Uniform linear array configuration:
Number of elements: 12
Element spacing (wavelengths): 1
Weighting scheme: cosine
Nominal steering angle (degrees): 15
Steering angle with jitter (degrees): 13.282
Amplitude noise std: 0.05
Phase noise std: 0.05

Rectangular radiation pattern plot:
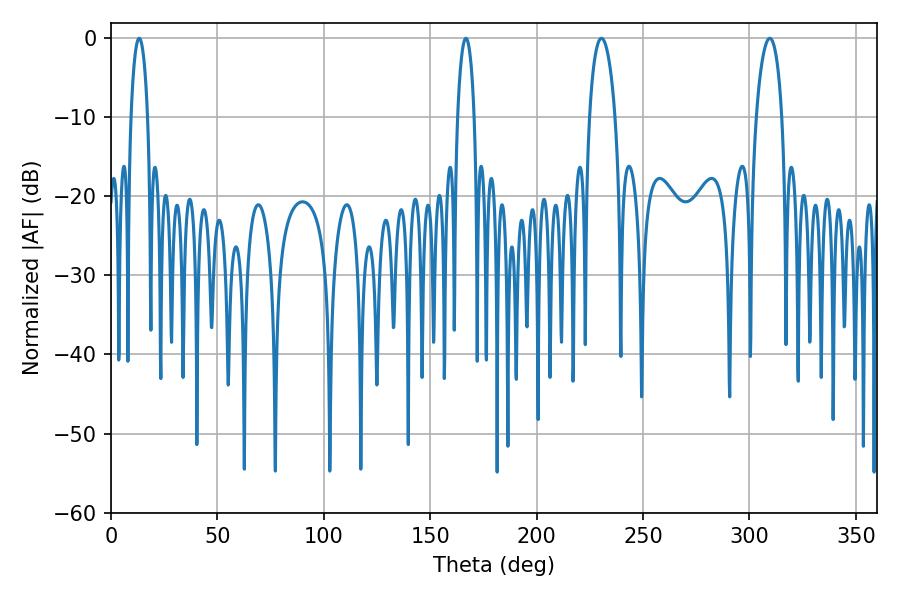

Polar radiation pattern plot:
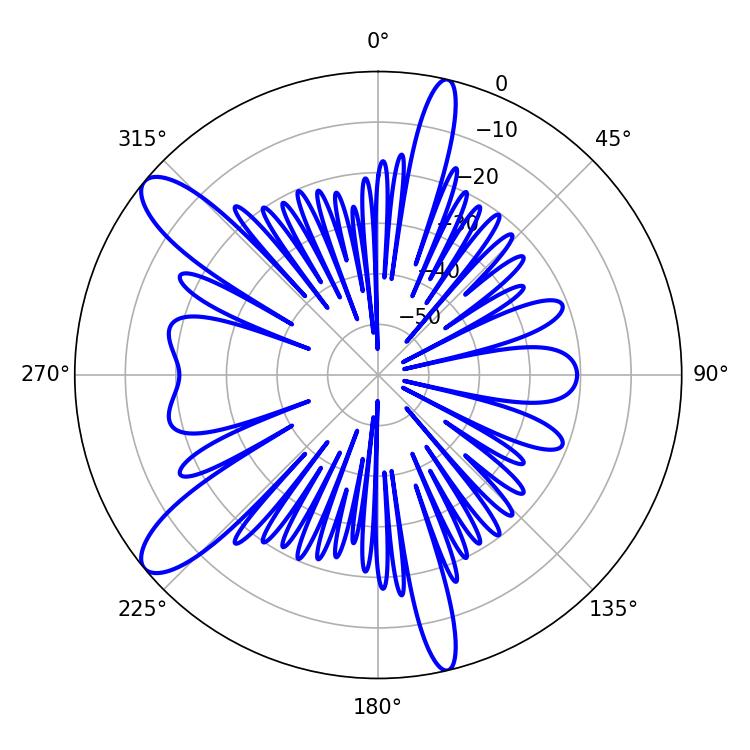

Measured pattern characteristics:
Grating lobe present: TRUE
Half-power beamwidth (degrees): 6.84
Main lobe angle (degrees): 230.4